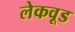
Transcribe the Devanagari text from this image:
लेकवूड